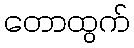
တောထွက်